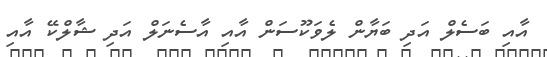
އާއި ބަސެލް އަދި ބަޔާން ލެވަކޫސަން އާއި އާސެނަލް އަދި ޝާލްކޭ އާއި